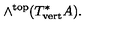
\wedge ^ { \mathrm { t o p } } ( T _ { \mathrm { v e r t } } ^ { * } A ) .